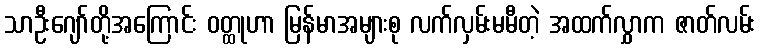
သာဦးဂျော်တို့အကြောင်း ဝတ္ထုဟာ မြန်မာအများစု လက်လှမ်းမမီတဲ့ အထက်လွှာက ဇာတ်လမ်း